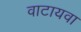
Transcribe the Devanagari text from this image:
वाटायवा